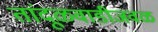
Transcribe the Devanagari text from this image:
तांदूळवाडीजवळ